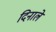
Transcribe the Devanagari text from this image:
दिनाले